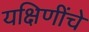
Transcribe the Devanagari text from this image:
यक्षिणींचे